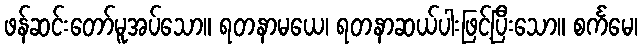
ဖန်ဆင်းတော်မူအပ်သော။ ရတနာမယေ၊ ရတနာဆယ်ပါးဖြင့်ပြီးသော။ စင်္ကမေ၊